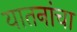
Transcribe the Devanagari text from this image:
यातनांचा